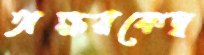
অক্ষয়কেদ্ব